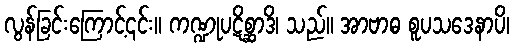
လွန်ခြင်းကြောင့်၎င်း။ ကဏ္ဍုပဋိစ္ဆာဒိ၊ သည်။ အာဗာဓ စူပသဒေနာပိ၊